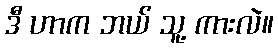
ဒီ ဟာက ဘယ် သူ့ ကားလဲ။